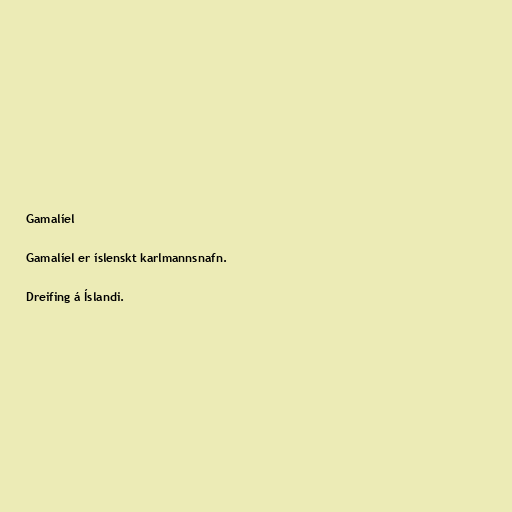
Gamalíel

Gamalíel er íslenskt karlmannsnafn.

Dreifing á Íslandi.